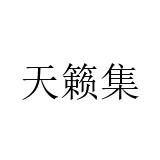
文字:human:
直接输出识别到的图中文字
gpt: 天籁集